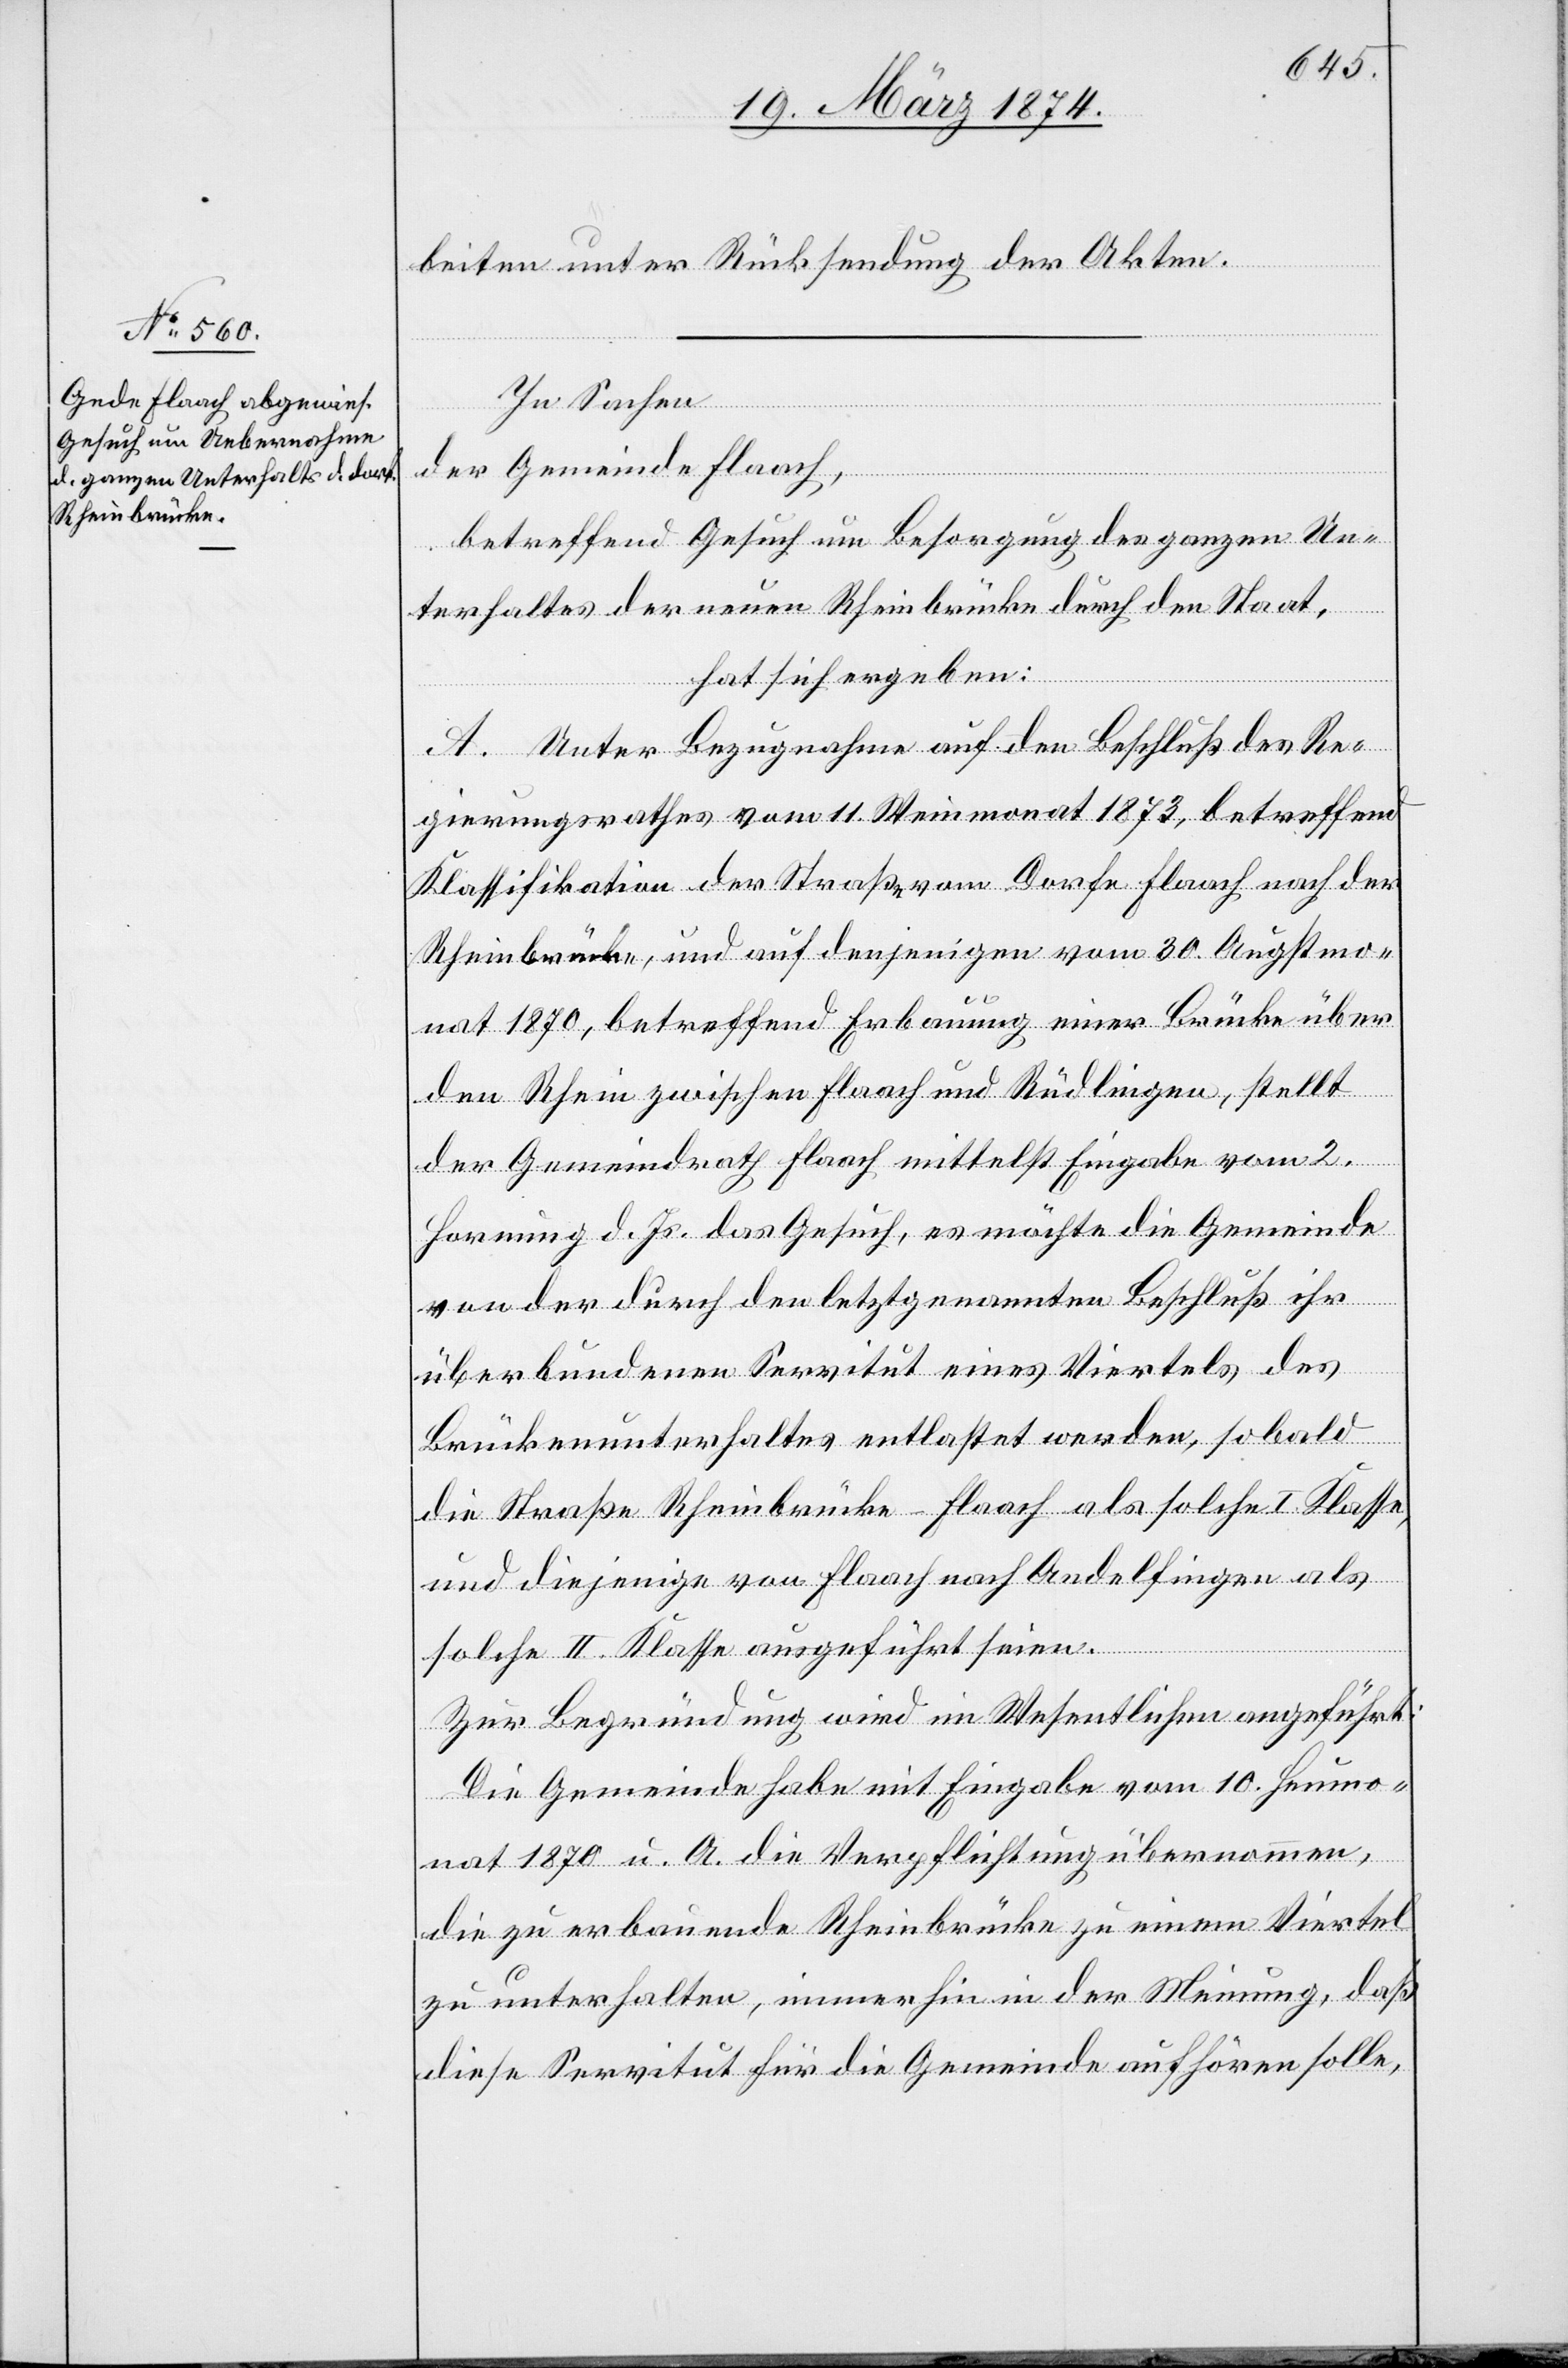
beiten unter Rücksendung der Akten.
In Sachen
der Gemeinde Flaach,
betreffend Gesuch um Besorgung des ganzen Un¬
terhaltes der neuen Rheinbrücke durch den Staat,
hat sich ergeben:
A. Unter Bezugnahme auf den Beschluß des Re¬
gierungsrathes vom 11. Weinmonat 1873, betreffend
Klassifikation der Straße vom Dorfe Flaach nach der
Rheinbrücke, und auf denjenigen vom 30. Augstmo¬
nat 1870, betreffend Erbauung einer Brücke über
den Rhein zwischen Flaach und Rüdlingen, stellt
der Gemeindrath Flaach mittelst Eingabe vom 2.
Hornung d. Js. das Gesuch, es möchte die Gemeinde
von der durch den letztgenannten Beschluß ihr
überbundenen Servitut eines Viertels des
Brückenunterhaltes entlastet werden, sobald
die Straße Rheinbrücke-Flaach als solche I. Klasse,
und diejenige von Flaach nach Andelfingen als
solche II. Klasse ausgeführt seien.
Zur Begründung wird im Wesentlichen angeführt:
Die Gemeinde habe mit Eingabe vom 10. Heumo¬
nat 1870 u. A. die Verpflichtung übernommen,
die zu erbauende Rheinbrücke zu einem Viertel
zu unterhalten, immerhin in der Meinung, daß
diese Servitut für die Gemeinde aufhören solle,